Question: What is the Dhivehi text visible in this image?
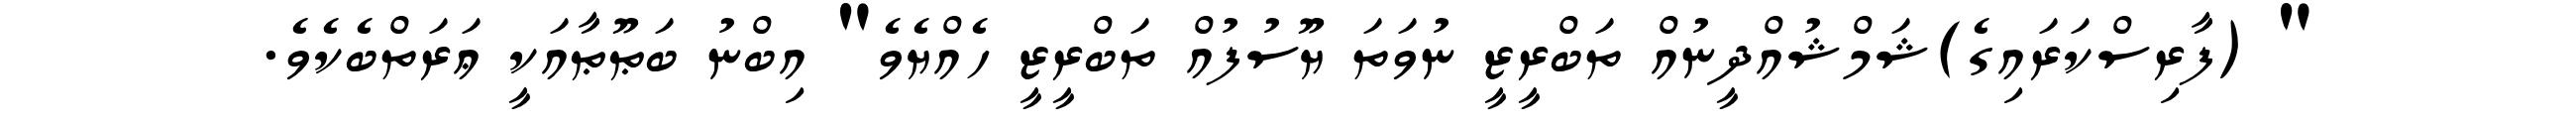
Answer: " (ފާރިސްކަރައިގެ)ޝަމްޝުއްދީނުއް ތަބްރީޒީ ނުވަތަ ޔޫސުފުއް ތަބްރީޒީ ހެއްޔެވެ" އިބްނު ބަޠޫޠާއަކީ ޢަރަތްބެކެވެ.